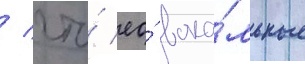
/ что́ ео́ вока́льные